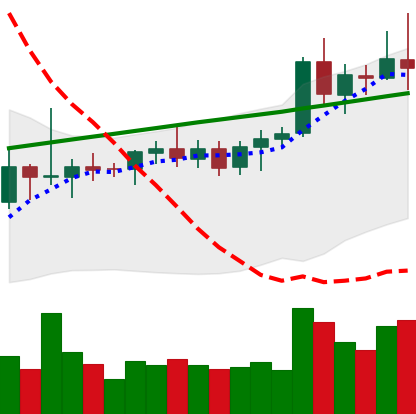
Ticker: ETC-USD
Chart end date: 2021-08-12
Forward return: 4.947%
Label: up_3_5